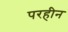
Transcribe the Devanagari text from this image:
परहीन